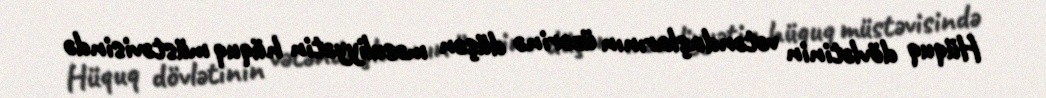
Hüquq dövlətinin vətəndaşlarının üzərinə düşən məsuliyyətin hüquq müstəvisində